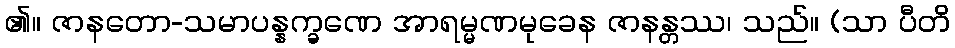
၏။ ဇာနတော-သမာပန္နက္ခဏေ အာရမ္မဏမုခေန ဇာနန္တဿ၊ သည်။ (သာ ပီတိ